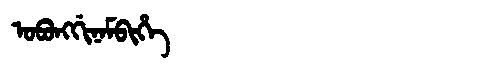
Manchu: ᠣᠪᠣᠩᡤᡳᠨᠠᠮᠪᡳᡥᡝ
Romanization: OBONGGINAMBIHE